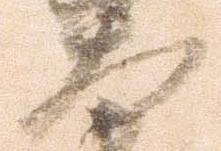
大